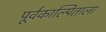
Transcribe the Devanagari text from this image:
पूर्वकाल्पिताला